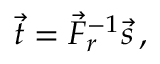
\vec { t } = \vec { F } _ { r } ^ { - 1 } \vec { s } \, ,